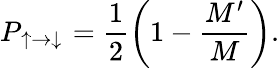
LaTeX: P_{\uparrow\to\downarrow}=\frac{1}{2}\left(1-\frac{M^{\prime}}{M}\right).